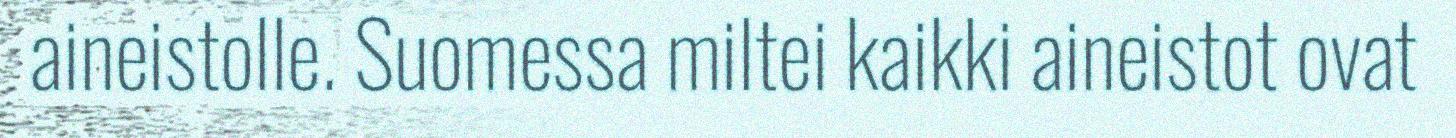
aineistolle. Suomessa miltei kaikki aineistot ovat